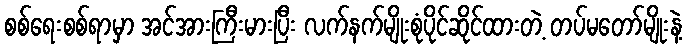
စစ်ရေးစစ်ရာမှာ အင်အားကြီးမားပြီး လက်နက်မျိုးစုံပိုင်ဆိုင်ထားတဲ့ တပ်မတော်မျိုးနဲ့